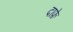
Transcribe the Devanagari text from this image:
दाफ़े